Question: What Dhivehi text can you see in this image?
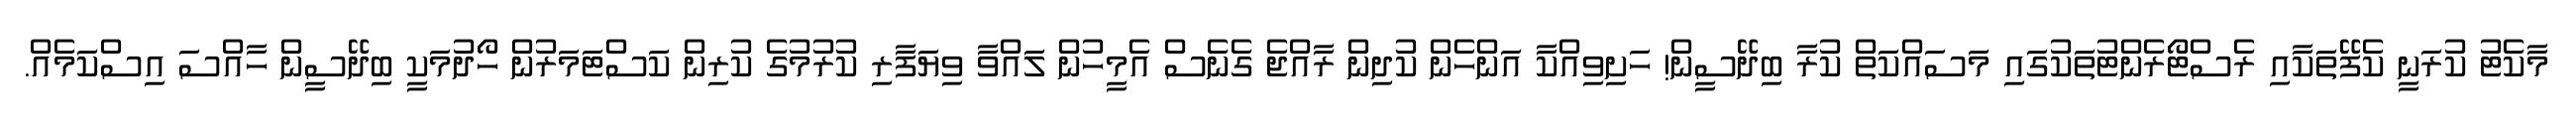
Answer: މާކެޓު ކުރަނީ ކެފޭތަކާއި ރެސްޓޯރެންޓުތަކުގައި މަސައްކަތް ކުރާ ބިދޭސީން! ހަށިވިއްކާ އަންހެން ކުދިން ރާއްޖެ ގެނެސް އެމީހުން ލައްވާ ވިޔަފާރި ކުރުމުގެ ކުރިން ކަސްޓަމަރުން ހޯދުމަކީ ބިދޭސީން ހާއްސަ އިސްކަމެއް.